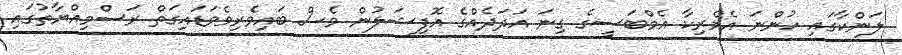
ލަންކާގައި ހުންނަ އެމެރިކާ އެމްބަސީގެ ގިނަ އަދަދެއްގެ އޮފިޝަލުން ވެސް ބައިވެރިވެވަޑައިގަތް ރަސްމިއްޔާތުގައި